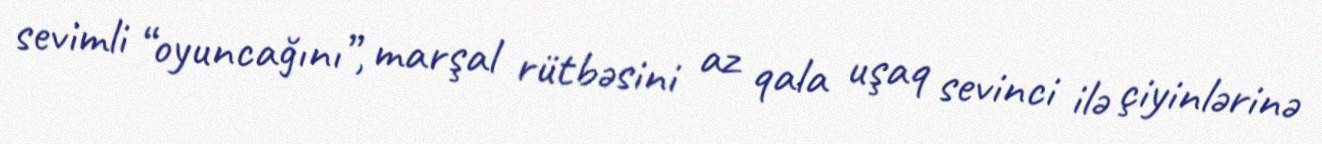
sevimli “oyuncağını”, marşal rütbəsini az qala uşaq sevinci ilə çiyinlərinə